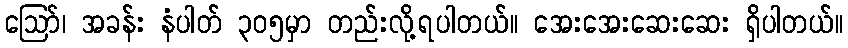
ဪ၊ အခန်း နံပါတ် ၃၀၅မှာ တည်းလို့ရပါတယ်။ အေးအေးဆေးဆေး ရှိပါတယ်။